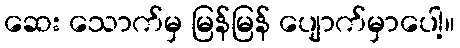
ဆေး သောက်မှ မြန်မြန် ပျောက်မှာပေါ့။